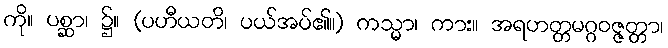
ကို။ ပစ္ဆာ၊ ၌။ (ပဟီယတိ၊ ပယ်အပ်၏။) ကသ္မာ၊ ကား။ အရဟတ္တမဂ္ဂဝဇ္ဇတ္တာ၊